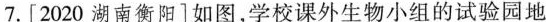
7. [2020湖南衡阳]如图，学校课外生物小组的试验园地